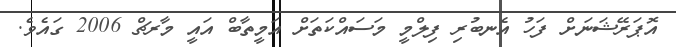
އޮޕަރޭޝަނަށް ފަހު އެނބުރި ފިލްމީ މަސައްކަތަށް އަމީތާބް އައީ މާރޗް 2006 ގައެވެ.